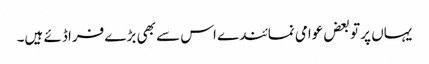
یہاں پر تو بعض عوامی نمائندے اس سے بھی بڑے فراڈئے ہیں۔